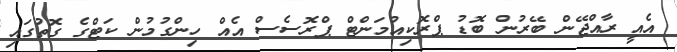
އެއީ ރާއްޖޭން ބޭރުން ބޮޑު ޕްރޮކިއުމަންޓް ޕްރޮސެސް އެެއް ހިންގުމުން ކަޓްގެ ގޮތުގައި